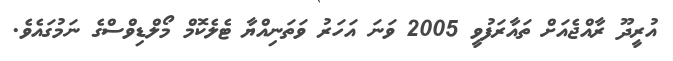
އުރީދޫ ރާއްޖެއަށް ތައާރަފުވީ 2005 ވަނަ އަހަރު ވަތަނިއްޔާ ޓެލެކޮމް މޯލްޑިވްސްގެ ނަމުގައެވެ.